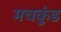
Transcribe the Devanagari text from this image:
मचकुंड